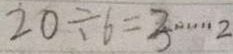
2 0 \div 6 = 3 \cdots 2